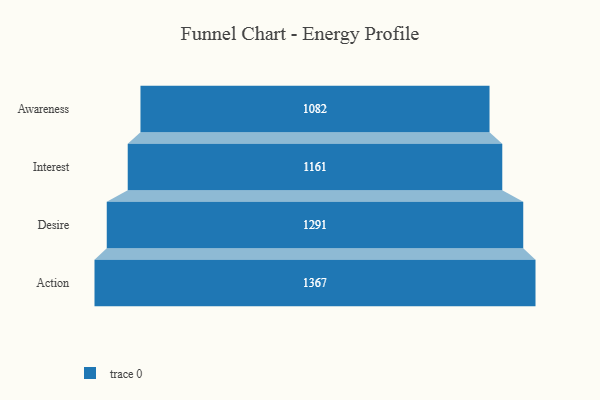
{"axis": {"x": "Stage", "y": "Value"}, "legend": [""], "data": [{"x": "Awareness", "y": 1082.0, "type": ""}, {"x": "Interest", "y": 1161.0, "type": ""}, {"x": "Desire", "y": 1291.0, "type": ""}, {"x": "Action", "y": 1367.0, "type": ""}]}